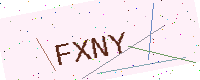
Text: FXNY